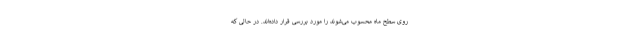
روی سطح ماه محسوب می‌شوند را مورد بررسی قرار داده‌اند. در حالی که